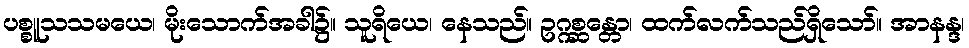
ပစ္စူသသမယေ၊ မိုးသောက်အခါ၌။ သူရိယေ၊ နေသည်။ ဥဂ္ဂစ္ဆန္တော၊ ထက်လက်သည်ရှိသော်။ အာနန္ဒ၊